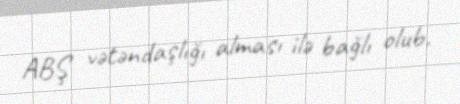
ABŞ vətəndaşlığı alması ilə bağlı olub.